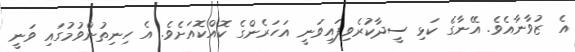
އެ ޒުވާނާއެވެ. އޭނާގެ ކަޅި ސީދާކުރެވިފައިވަނީ އަހަރެންގެ ކޮއްކޮއަށެވެ. އެ ހިނިތުންވުމުގައި ވަނީ